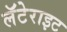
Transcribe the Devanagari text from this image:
लॅटेराइट